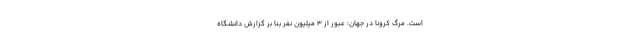
است. مرگ کرونا در جهان: عبور از 3 میلیون نفر بنا بر گزارش دانشگاه